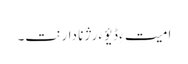
امیت ءِ ڈیؤ ءَ رژنا دارنت۔